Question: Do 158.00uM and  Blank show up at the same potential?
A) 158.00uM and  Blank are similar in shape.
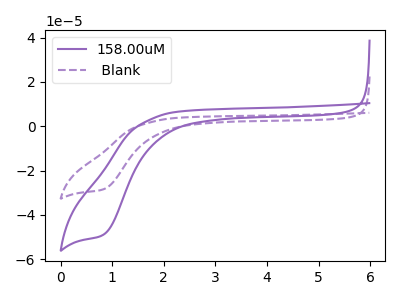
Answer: <think>The purple curve "158.00uM" has a cathodic peak at: (0.85V, -48.80uA). The purple dashed curve " Blank" has a cathodic peak at: (0.85V, -28.35uA).
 All the peaks in "158.00uM" have a peak in " Blank" at the same potential. Every peak in "158.00uM" is higher than every peak in " Blank".</think>
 <answer>A) "158.00uM" and " Blank" are similar in shape.</answer>
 <eval>A</eval>